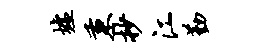
墟秉抄江勤